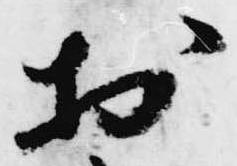
於